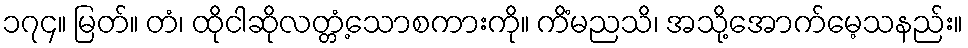
၁၇၄။ မြတ်။ တံ၊ ထိုငါဆိုလတ္တံ့သောစကားကို။ ကိံမညသိ၊ အသို့အောက်မေ့သနည်း။